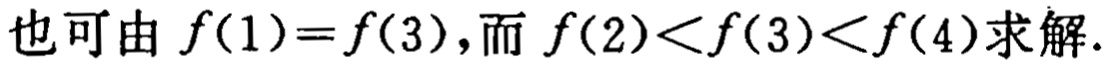
也可由 \(f(1)=f(3)\)，而 \(f(2)<f(3)<f(4)\)求解.